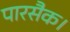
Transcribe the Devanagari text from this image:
पारसैक।